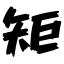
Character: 矩